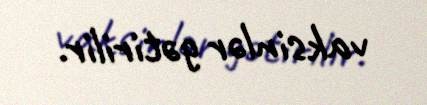
vaksinlər gətirilir.